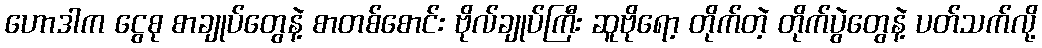
ဟောဒါက ငွေစု စာချုပ်တွေနဲ့ စာတစ်စောင်း ဗိုလ်ချုပ်ကြီး ဆူဗိုရော့ တိုက်တဲ့ တိုက်ပွဲတွေနဲ့ ပတ်သက်လို့